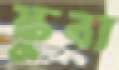
স্কুবা